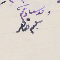
ولد سيادتكم سليم ضاهر